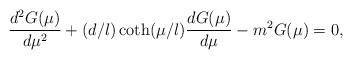
LaTeX: \begin{align*}\frac{d^2 G(\mu)}{d \mu^2} + (d/l) \coth(\mu/l) \frac{d G(\mu)}{d \mu} -m^2 G(\mu)=0,\end{align*}